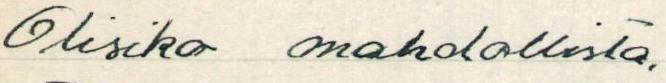
Olisiko mahdollista,